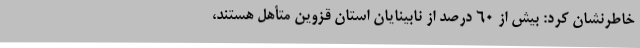
خاطرنشان کرد: بیش از 60 درصد از نابینایان استان قزوین متأهل هستند،